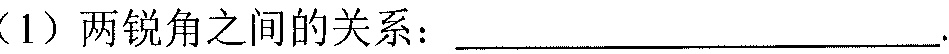
（1）两锐角之间的关系：\(\underline{\quad\quad\quad\quad\quad\quad\quad\quad}\).